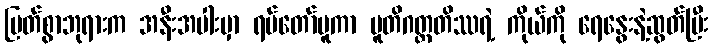
မြတ်စွာဘုရားက အနီးအပါးမှာ ရပ်တော်မူကာ ပူတိဂတ္တတိဿရဲ့ ကိုယ်ကို ရေနွေးနဲ့ဆွတ်ပြီး